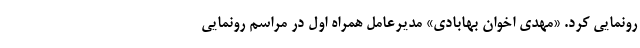
رونمایی کرد. «مهدی اخوان بهابادی» مدیرعامل همراه اول در مراسم رونمایی